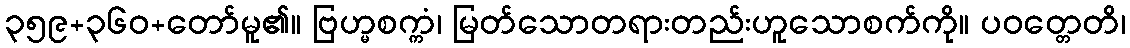
၃၅၉+၃၆၀+တော်မူ၏။ ဗြဟ္မစက္ကံ၊ မြတ်သောတရားတည်းဟူသောစက်ကို။ ပဝတ္တေတိ၊